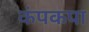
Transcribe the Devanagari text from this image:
कंपकपा